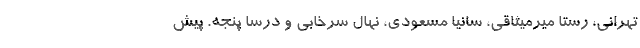
تهرانی، رستا میرمیثاقی، سانیا مسعودی، نهال سرخابی و درسا پنجه. پیش